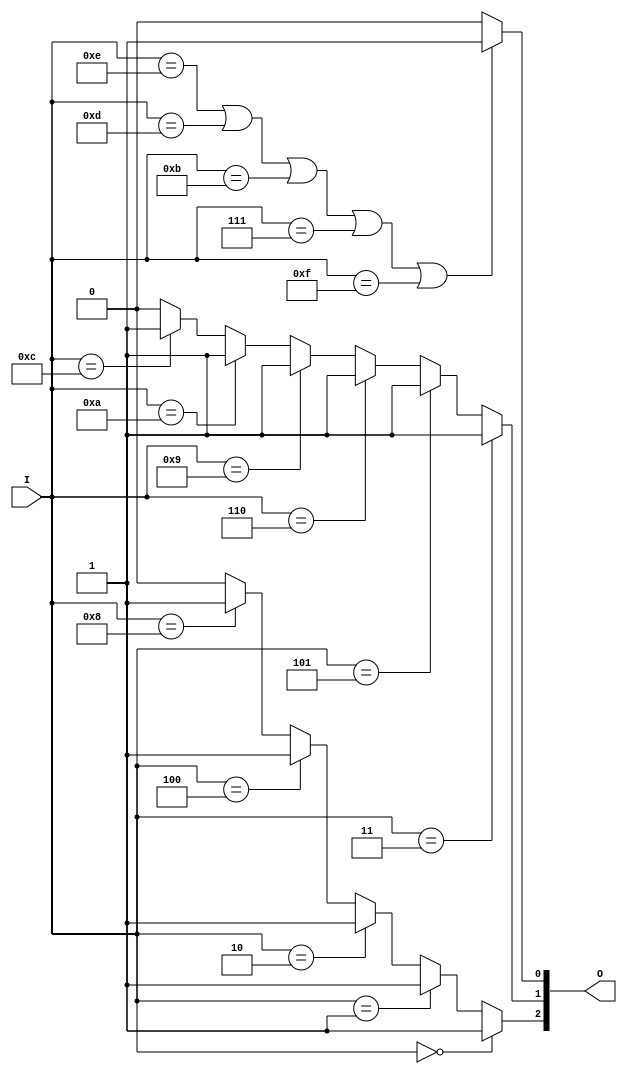
module voter_if (I, O);
input [3:0] I; // I 4 men
output [3:1] O; // O Result
reg [3:1] O;

always@ (I)
begin
    if (I == 4'b0000) O[3] = 1;
    else if (I == 4'b0001) O[3] = 1;
    else if (I == 4'b0010) O[3] = 1;
    else if (I == 4'b0100) O[3] = 1;
    else if (I == 4'b1000) O[3] = 1;
    else O[3] = 0;

    if (I == 4'b0011) O[2] = 1;
    else if (I == 4'b0101) O[2] = 1;
    else if (I == 4'b0110) O[2] = 1;
    else if (I == 4'b1001) O[2] = 1;
    else if (I == 4'b1010) O[2] = 1;
    else if (I == 4'b1100) O[2] = 1;
    else O[2] = 0;

    if (I == 4'b1110 || I == 4'b1101 || I ==
    4'b1011 || I == 4'b0111 || I == 4'b1111)
    O[1] = 1;
    else
    O[1] = 0;

end
endmodule